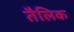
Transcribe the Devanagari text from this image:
तैलिक